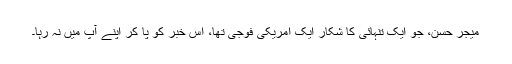
میجر حسن، جو ایک تنہائی کا شکار ایک امریکی فوجی تھا، اس خبر کو پا کر اپنے آپ میں نہ رہا۔